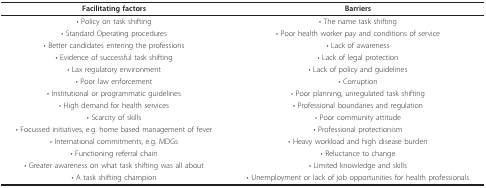
<table><thead><tr><td><b>Facilitating factors</b></td><td><b>Barriers</b></td></tr></thead><tbody><tr><td>• Policy on task shifting</td><td>• The name task shifting</td></tr><tr><td>• Standard Operating procedures</td><td>• Poor health worker pay and conditions of service</td></tr><tr><td>• Better candidates entering the professions</td><td>• Lack of awareness</td></tr><tr><td>• Evidence of successful task shifting</td><td>• Lack of legal protection</td></tr><tr><td>• Lax regulatory environment</td><td>• Lack of policy and guidelines</td></tr><tr><td>• Poor law enforcement</td><td>• Corruption</td></tr><tr><td>• Institutional or programmatic guidelines</td><td>• Poor planning, unregulated task shifting</td></tr><tr><td>• High demand for health services</td><td>• Professional boundaries and regulation</td></tr><tr><td>• Scarcity of skills</td><td>• Poor community attitude</td></tr><tr><td>• Focussed initiatives, e.g. home based management of fever</td><td>• Professional protectionism</td></tr><tr><td>• International commitments, e.g. MDGs</td><td>• Heavy workload and high disease burden</td></tr><tr><td>• Functioning referral chain</td><td>• Reluctance to change</td></tr><tr><td>• Greater awareness on what task shifting was all about</td><td>• Limited knowledge and skills</td></tr><tr><td>• A task shifting champion</td><td>• Unemployment or lack of job opportunities for health professionals</td></tr></tbody></table>